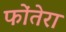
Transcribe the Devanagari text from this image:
फोंतेरा